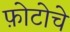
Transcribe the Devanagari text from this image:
फ़ोटोचे